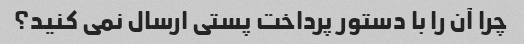
چرا آن را با دستور پرداخت پستی ارسال نمی کنید؟